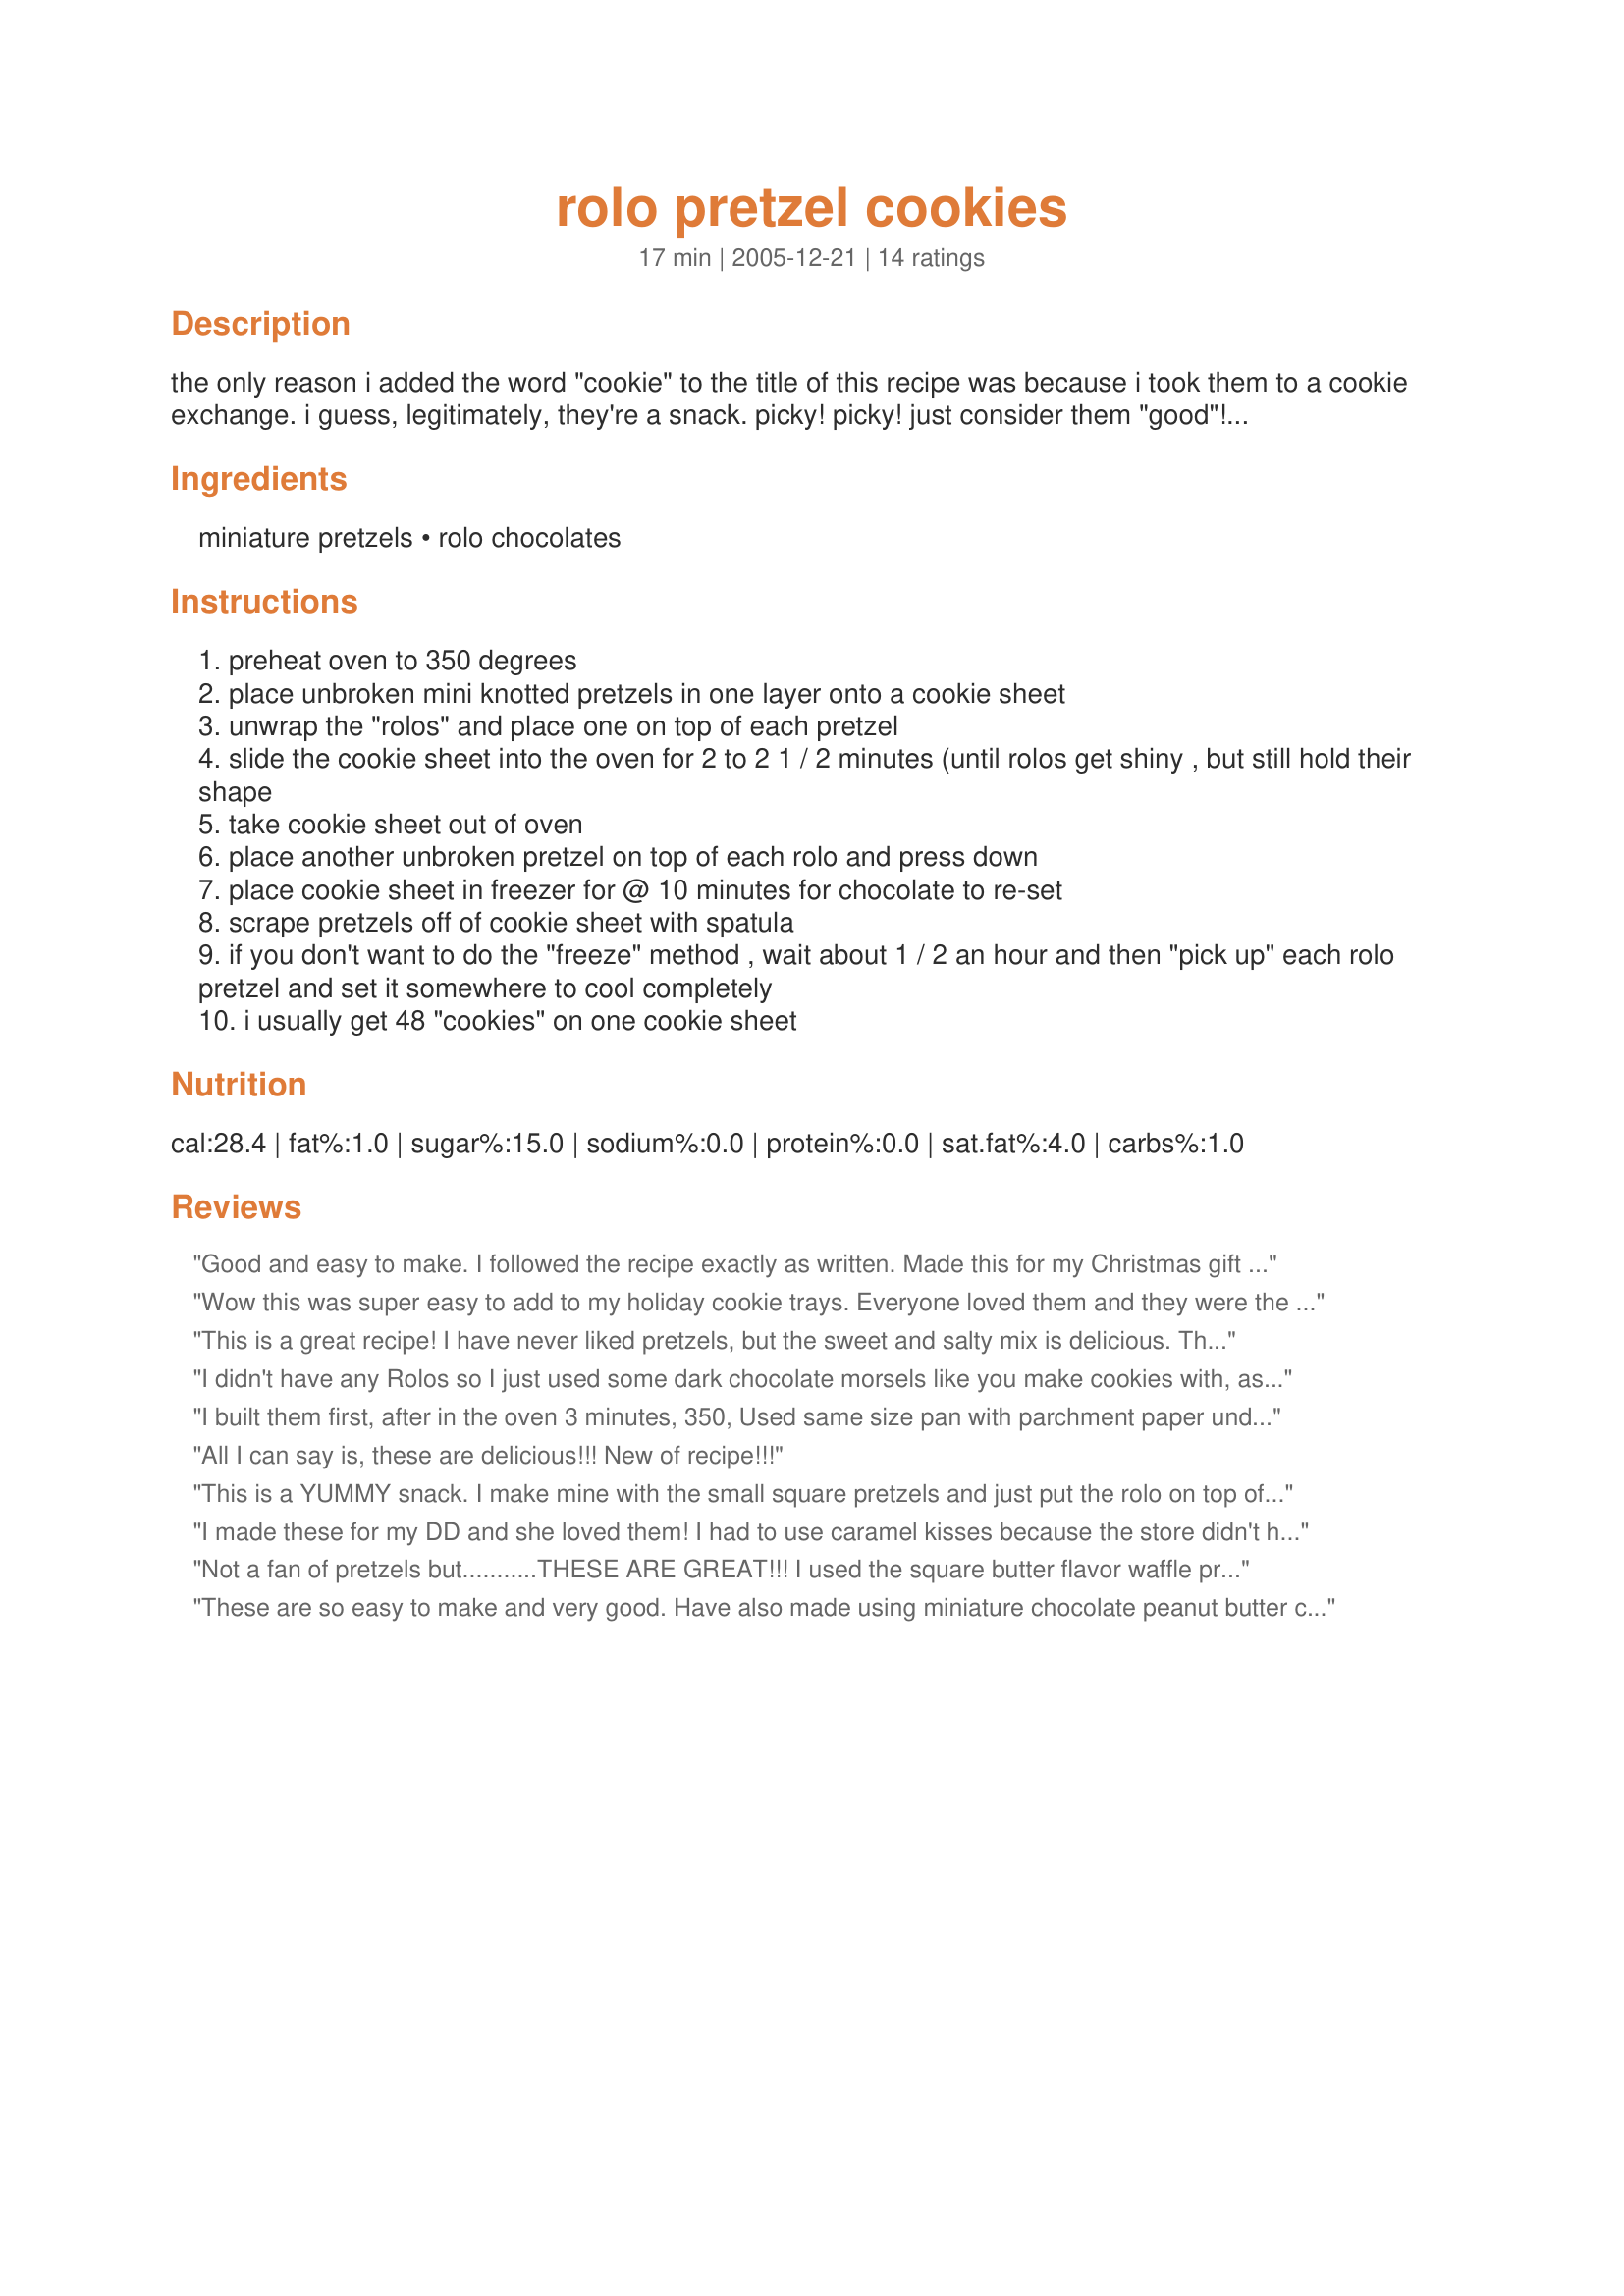
rolo pretzel cookies
Preparation time: 17 minutes

the only reason i added the word "cookie" to the title of this recipe was because i took them to a cookie exchange. i guess, legitimately, they're a snack. picky! picky! just consider them "good"! most of the "prep" time is unwrapping the rolos.

Ingredients:
miniature pretzels, rolo chocolates

Steps:
preheat oven to 350 degrees
place unbroken mini knotted pretzels in one layer onto a cookie sheet
unwrap the "rolos" and place one on top of each pretzel
slide the cookie sheet into the oven for 2 to 2 1 / 2 minutes (until rolos get shiny , but still hold their shape
take cookie sheet out of oven
place another unbroken pretzel on top of each rolo and press down
place cookie sheet in freezer for @ 10 minutes for chocolate to re-set
scrape pretzels off of cookie sheet with spatula
if you don't want to do the "freeze" method , wait about 1 / 2 an hour and then "pick up" each rolo pretzel and set it somewhere to cool completely
i usually get 48 "cookies" on one cookie sheet

Reviews:
Good and easy to make. I followed the recipe exactly as written. Made this for my Christmas gift baskets. We also enjoyed them.
Wow this was super easy to add to my holiday cookie trays. Everyone loved them and they were the ones I spent the least time on. I will be sure to add to my regular cookie list. I did substitute carmel Hershey Kisses for the Rolos and I think next time I will be using Rolos as the Kisses are just too soft to start out with and the centers turn to liquid in no time.
This is a great recipe! I have never liked pretzels, but the sweet and salty mix is delicious. The whole family loved! Thanks for a quick and delicious snack!
I didn't have any Rolos so I just used some dark chocolate morsels like you make cookies with, assembled them & cooked 4-5 minutes until just melting. We couldn't wait...ate them warm. Yumm!
I built them first, after in the oven 3 minutes, 350, Used same size pan with parchment paper underneath, pressed down a little. Came out perfect. Sturdy hands!
All I can say is, these are delicious!!! New of recipe!!!
This is a YUMMY snack. I make mine with the small square pretzels and just put the rolo on top of the 1 pretzel- no top pretzel. VERY GOOD !!
I made these for my DD and she loved them! I had to use caramel kisses because the store didn't have rolos. They were very good. Thanks!!!
Not a fan of pretzels but...........THESE ARE GREAT!!! I used the square butter flavor waffle pretzels and everyone loved them!!
These are so easy to make and very good. Have also made using miniature chocolate peanut butter cups!
I can't believe I forgot to review this; I have made this several times now. I use the checkerboard pretzels and these are so cute and taste so good. Love how easy they are as well. I use the freezer method for hardening and have not had any problems at all. When I made these to take to a potluck, I put 2 "cookies" each into decorated paper liners for mini muffins, then placed them on a large tray. The looked so festive and everyone loved them!
Easy recipe. I baked mine @275 for 3-5 minutes, removed, and added an assortment of white chocolate chips, peanut m&m's, and a second pretzel. Sat in fridge for 20-30 minutes then placed in lined tins. YUM! Didn't last long.
This is a great recipe. I use holiday prezels (bell shaped, star shaped, etc.) After baking, I place a holiday colored M&M on top instead of another pretzel. YUMMMM! They always go fast! This is an easy one to do with kids too.
I made these with Snyder of Hanover Snaps Pretzels and Rolo Minis. I think they give the right amount of chocolate and carmel per each pretzel. I used a jelly roll pan and was able to put 112 on the pan. I heated them in the oven for 2 minutes then took them out and topped them with another pretzel square. The mini rolos are already unwrapped so it saves a lot of time.
